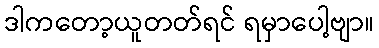
ဒါကတော့ယူတတ်ရင် ရမှာပေါ့ဗျာ။